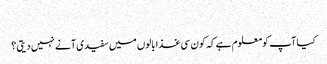
‎
کیا آپ کومعلوم ہے کہ کون سی غذا بالوں میں سفیدی آنے نہیں دیتی ؟